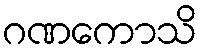
ဂဏကောသိ